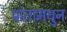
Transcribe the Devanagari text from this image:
प्रांतामधुन